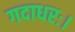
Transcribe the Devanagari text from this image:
गदाधरः।